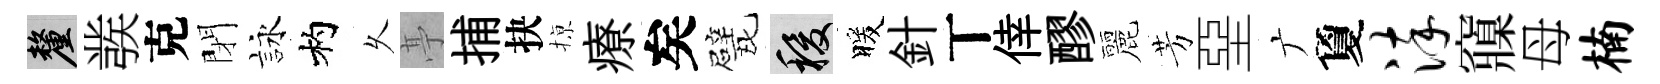
厘彂克閉詠杓乆𠅘捕抉𢱊療矣戏稷暖針丅倖醪麗芳堊广夐淬䆿母楠